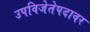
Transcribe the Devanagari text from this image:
उपविजेतेपदावर